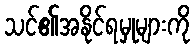
သင်၏အနိုင်ရမှုများကို